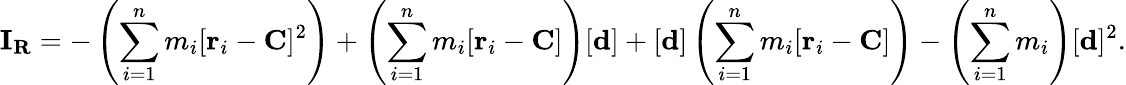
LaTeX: \mathbf{I}_{\mathbf{R}}=-\left(\sum_{i=1}^{n}m_{i}[\mathbf{r}_{i}-\mathbf{C}]^{2}\right)+\left(\sum_{i=1}^{n}m_{i}[\mathbf{r}_{i}-\mathbf{C}]\right)[\mathbf{d}]+[\mathbf{d}]\left(\sum_{i=1}^{n}m_{i}[\mathbf{r}_{i}-\mathbf{C}]\right)-\left(\sum_{i=1}^{n}m_{i}\right)[\mathbf{d}]^{2}.